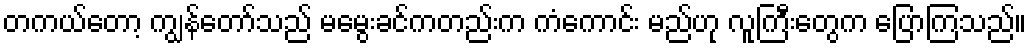
တကယ်တော့ ကျွန်တော်သည် မမွေးခင်ကတည်းက ကံကောင်း မည်ဟု လူကြီးတွေက ပြောကြသည်။